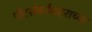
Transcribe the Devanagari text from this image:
पीटर्सबर्गशहराच्या